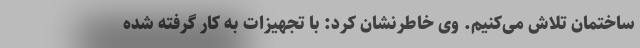
ساختمان تلاش می‌کنیم. وی خاطرنشان کرد: با تجهیزات به کار گرفته شده